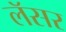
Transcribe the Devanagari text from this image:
लॅसर